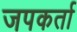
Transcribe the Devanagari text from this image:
जपकर्ता